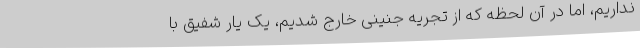
نداریم، اما در آن لحظه که از تجریه جنینی خارج شدیم، یک یار شفیق با